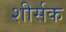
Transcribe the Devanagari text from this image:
शीर्सक